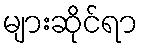
များဆိုင်ရာ